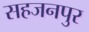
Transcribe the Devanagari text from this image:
सहजनपुर